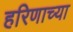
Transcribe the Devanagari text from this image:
हरिणाच्या